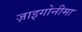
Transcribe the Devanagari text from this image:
ज़ाइगोनीमा